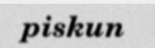
piskun